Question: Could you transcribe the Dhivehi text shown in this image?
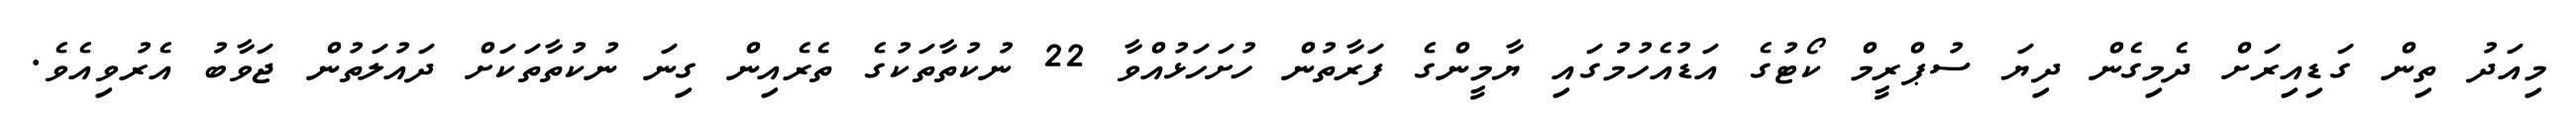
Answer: މިއަދު ތިން ގަޑިއިރަށް ދެމިގެން ދިޔަ ސުޕްރީމް ކޯޓުގެ އަޑުއެހުމުގައި ޔާމީންގެ ފަރާތުން ހުށަހަޅުއްވާ 22 ނުކުތާތަކުގެ ތެރެއިން ގިނަ ނުކުތާތަކަށް ދައުލަތުން ޖަވާބު އެރުވިއެވެ.